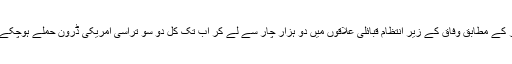
امریکی غیر سرکاری اداروں کے اعداد و شمار کے مطابق وفاق کے زیرِ انتظام قبائلی علاقوں میں دو ہزار چار سے لے کر اب تک کل دو سو تراسی امریکی ڈرون حملے ہوچکے ہیں جن میں ہزاروں افراد مارے جا چکے ہیں۔